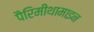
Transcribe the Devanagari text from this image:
पैरिमीथामाइन